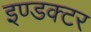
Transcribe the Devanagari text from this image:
इण्डक्टर